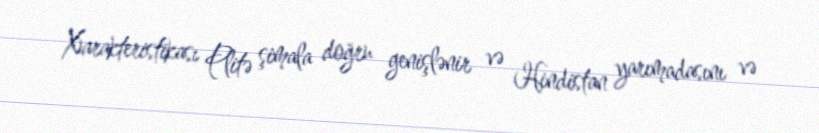
Xarakteristikası Plitə şimala doğru genişlənir və Hindistan yarımadasını və